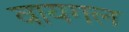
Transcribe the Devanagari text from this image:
वायगल